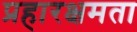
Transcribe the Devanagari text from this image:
प्रहारक्षमता